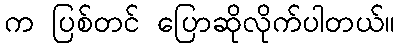
က ပြစ်တင် ပြောဆိုလိုက်ပါတယ်။